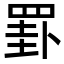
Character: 罫